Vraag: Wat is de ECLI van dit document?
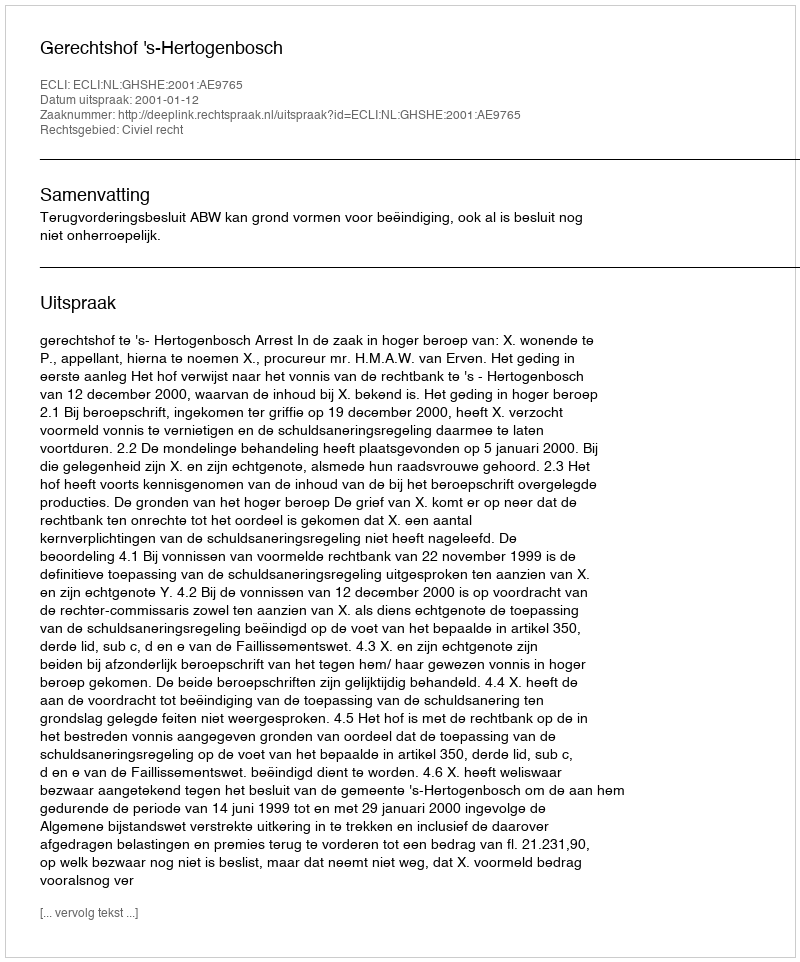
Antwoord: ECLI:NL:GHSHE:2001:AE9765